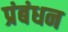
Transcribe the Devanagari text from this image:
प्रंबंधन